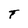
Character: T